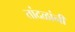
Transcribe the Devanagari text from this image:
तांदळांनी